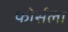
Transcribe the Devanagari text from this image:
फोर्सला